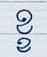
ខ្ខ